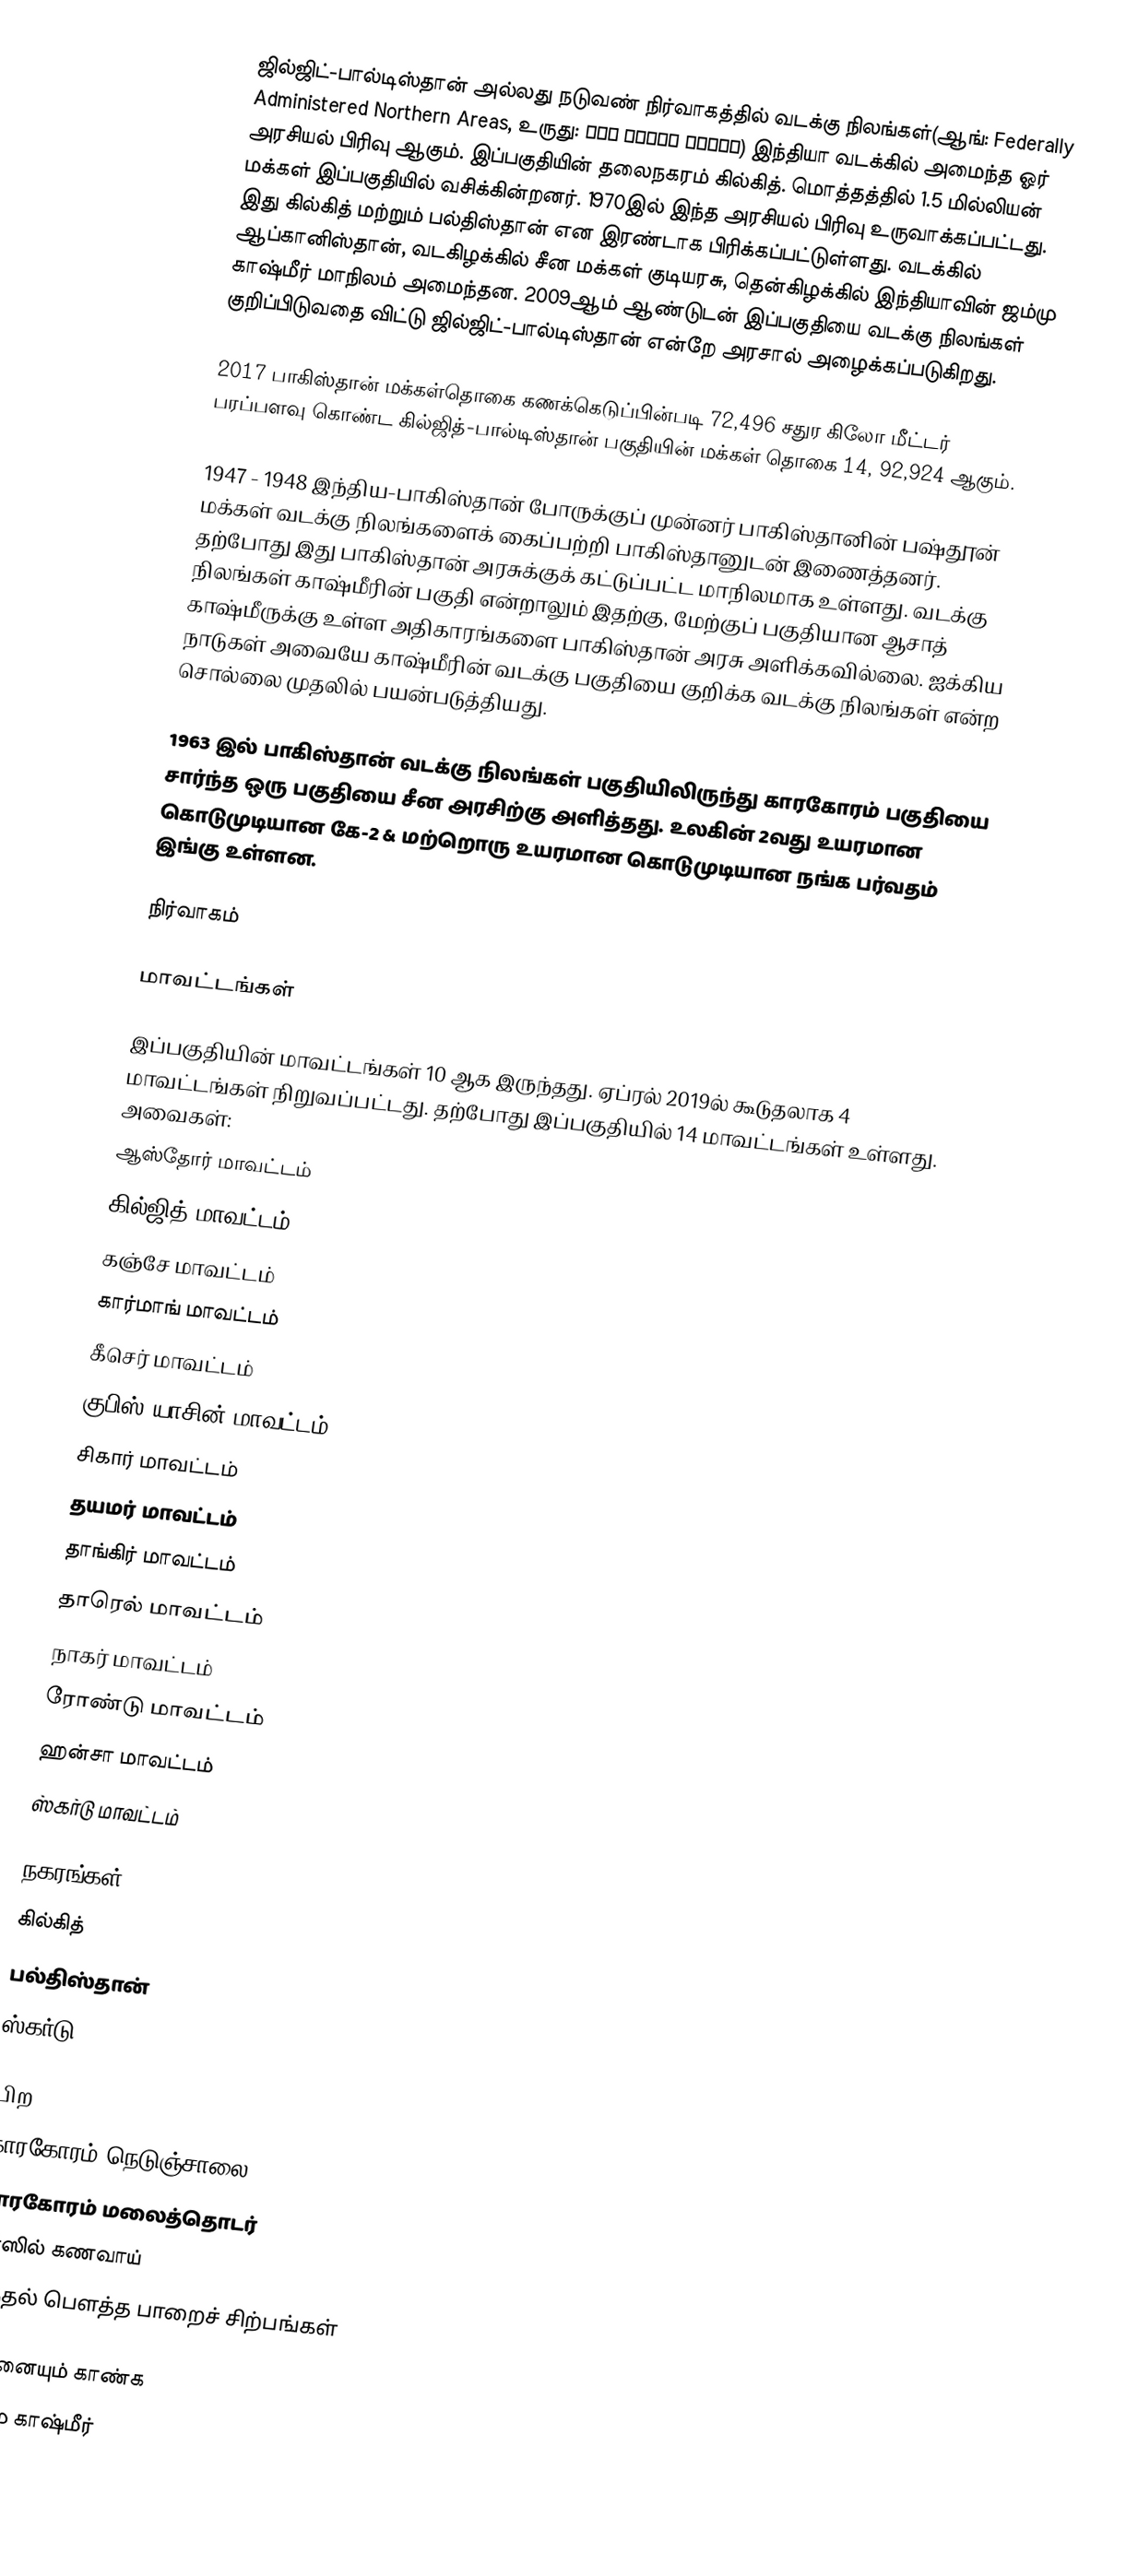
ஜில்ஜிட்-பால்டிஸ்தான் அல்லது நடுவண் நிர்வாகத்தில் வடக்கு நிலங்கள்(ஆங்: Federally Administered Northern Areas, உருது: شمالی علاقہ جات) இந்தியா வடக்கில் அமைந்த ஓர் அரசியல் பிரிவு ஆகும். இப்பகுதியின் தலைநகரம் கில்கித். மொத்தத்தில் 1.5 மில்லியன் மக்கள் இப்பகுதியில் வசிக்கின்றனர். 1970இல் இந்த அரசியல் பிரிவு உருவாக்கப்பட்டது. இது கில்கித் மற்றும் பல்திஸ்தான் என இரண்டாக பிரிக்கப்பட்டுள்ளது. வடக்கில் ஆப்கானிஸ்தான், வடகிழக்கில் சீன மக்கள் குடியரசு, தென்கிழக்கில் இந்தியாவின் ஜம்மு காஷ்மீர் மாநிலம் அமைந்தன. 2009ஆம் ஆண்டுடன் இப்பகுதியை வடக்கு நிலங்கள் குறிப்பிடுவதை விட்டு ஜில்ஜிட்-பால்டிஸ்தான் என்றே அரசால் அழைக்கப்படுகிறது.

2017 பாகிஸ்தான் மக்கள்தொகை கணக்கெடுப்பின்படி 72,496 சதுர கிலோ மீட்டர் பரப்பளவு கொண்ட கில்ஜித்-பால்டிஸ்தான் பகுதியின் மக்கள் தொகை 14, 92,924 ஆகும்.

1947 - 1948  இந்திய-பாகிஸ்தான் போருக்குப் முன்னர் பாகிஸ்தானின் பஷ்தூன் மக்கள்  வடக்கு நிலங்களைக் கைப்பற்றி பாகிஸ்தானுடன் இணைத்தனர். தற்போது இது பாகிஸ்தான் அரசுக்குக் கட்டுப்பட்ட மாநிலமாக உள்ளது. வடக்கு நிலங்கள் காஷ்மீரின் பகுதி என்றாலும் இதற்கு, மேற்குப் பகுதியான ஆசாத் காஷ்மீருக்கு உள்ள அதிகாரங்களை பாகிஸ்தான் அரசு அளிக்கவில்லை. ஐக்கிய நாடுகள் அவையே காஷ்மீரின் வடக்கு பகுதியை குறிக்க வடக்கு நிலங்கள் என்ற சொல்லை முதலில் பயன்படுத்தியது.

1963 இல் பாகிஸ்தான் வடக்கு நிலங்கள் பகுதியிலிருந்து காரகோரம் பகுதியை சார்ந்த ஒரு பகுதியை சீன அரசிற்கு அளித்தது. உலகின் 2வது உயரமான கொடுமுடியான கே-2 & மற்றொரு உயரமான கொடுமுடியான நங்க பர்வதம் இங்கு உள்ளன.

நிர்வாகம்

மாவட்டங்கள்

இப்பகுதியின் மாவட்டங்கள் 10 ஆக இருந்தது. ஏப்ரல் 2019ல் கூடுதலாக 4 மாவட்டங்கள் நிறுவப்பட்டது. தற்போது இப்பகுதியில் 14 மாவட்டங்கள் உள்ளது. அவைகள்:
 ஆஸ்தோர் மாவட்டம்
 கில்ஜித் மாவட்டம்
 கஞ்சே மாவட்டம்
 கார்மாங் மாவட்டம்
 கீசெர் மாவட்டம்
 குபிஸ்-யாசின் மாவட்டம்
 சிகார் மாவட்டம்
 தயமர் மாவட்டம்
 தாங்கிர் மாவட்டம்
 தாரெல் மாவட்டம்
 நாகர் மாவட்டம்
 ரோண்டு மாவட்டம்
 ஹன்சா மாவட்டம்
 ஸ்கர்டு மாவட்டம்

நகரங்கள்
 கில்கித்
 பல்திஸ்தான்
 ஸ்கர்டு

பிற
 காரகோரம் நெடுஞ்சாலை
 காரகோரம் மலைத்தொடர்
 பர்ஸில் கணவாய்
 மந்தல் பௌத்த பாறைச் சிற்பங்கள்

இதனையும் காண்க
 ஜம்மு காஷ்மீர்